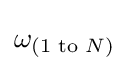
\omega _{(1{\text{ to }}N)}